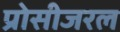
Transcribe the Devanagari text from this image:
प्रोसीजरल